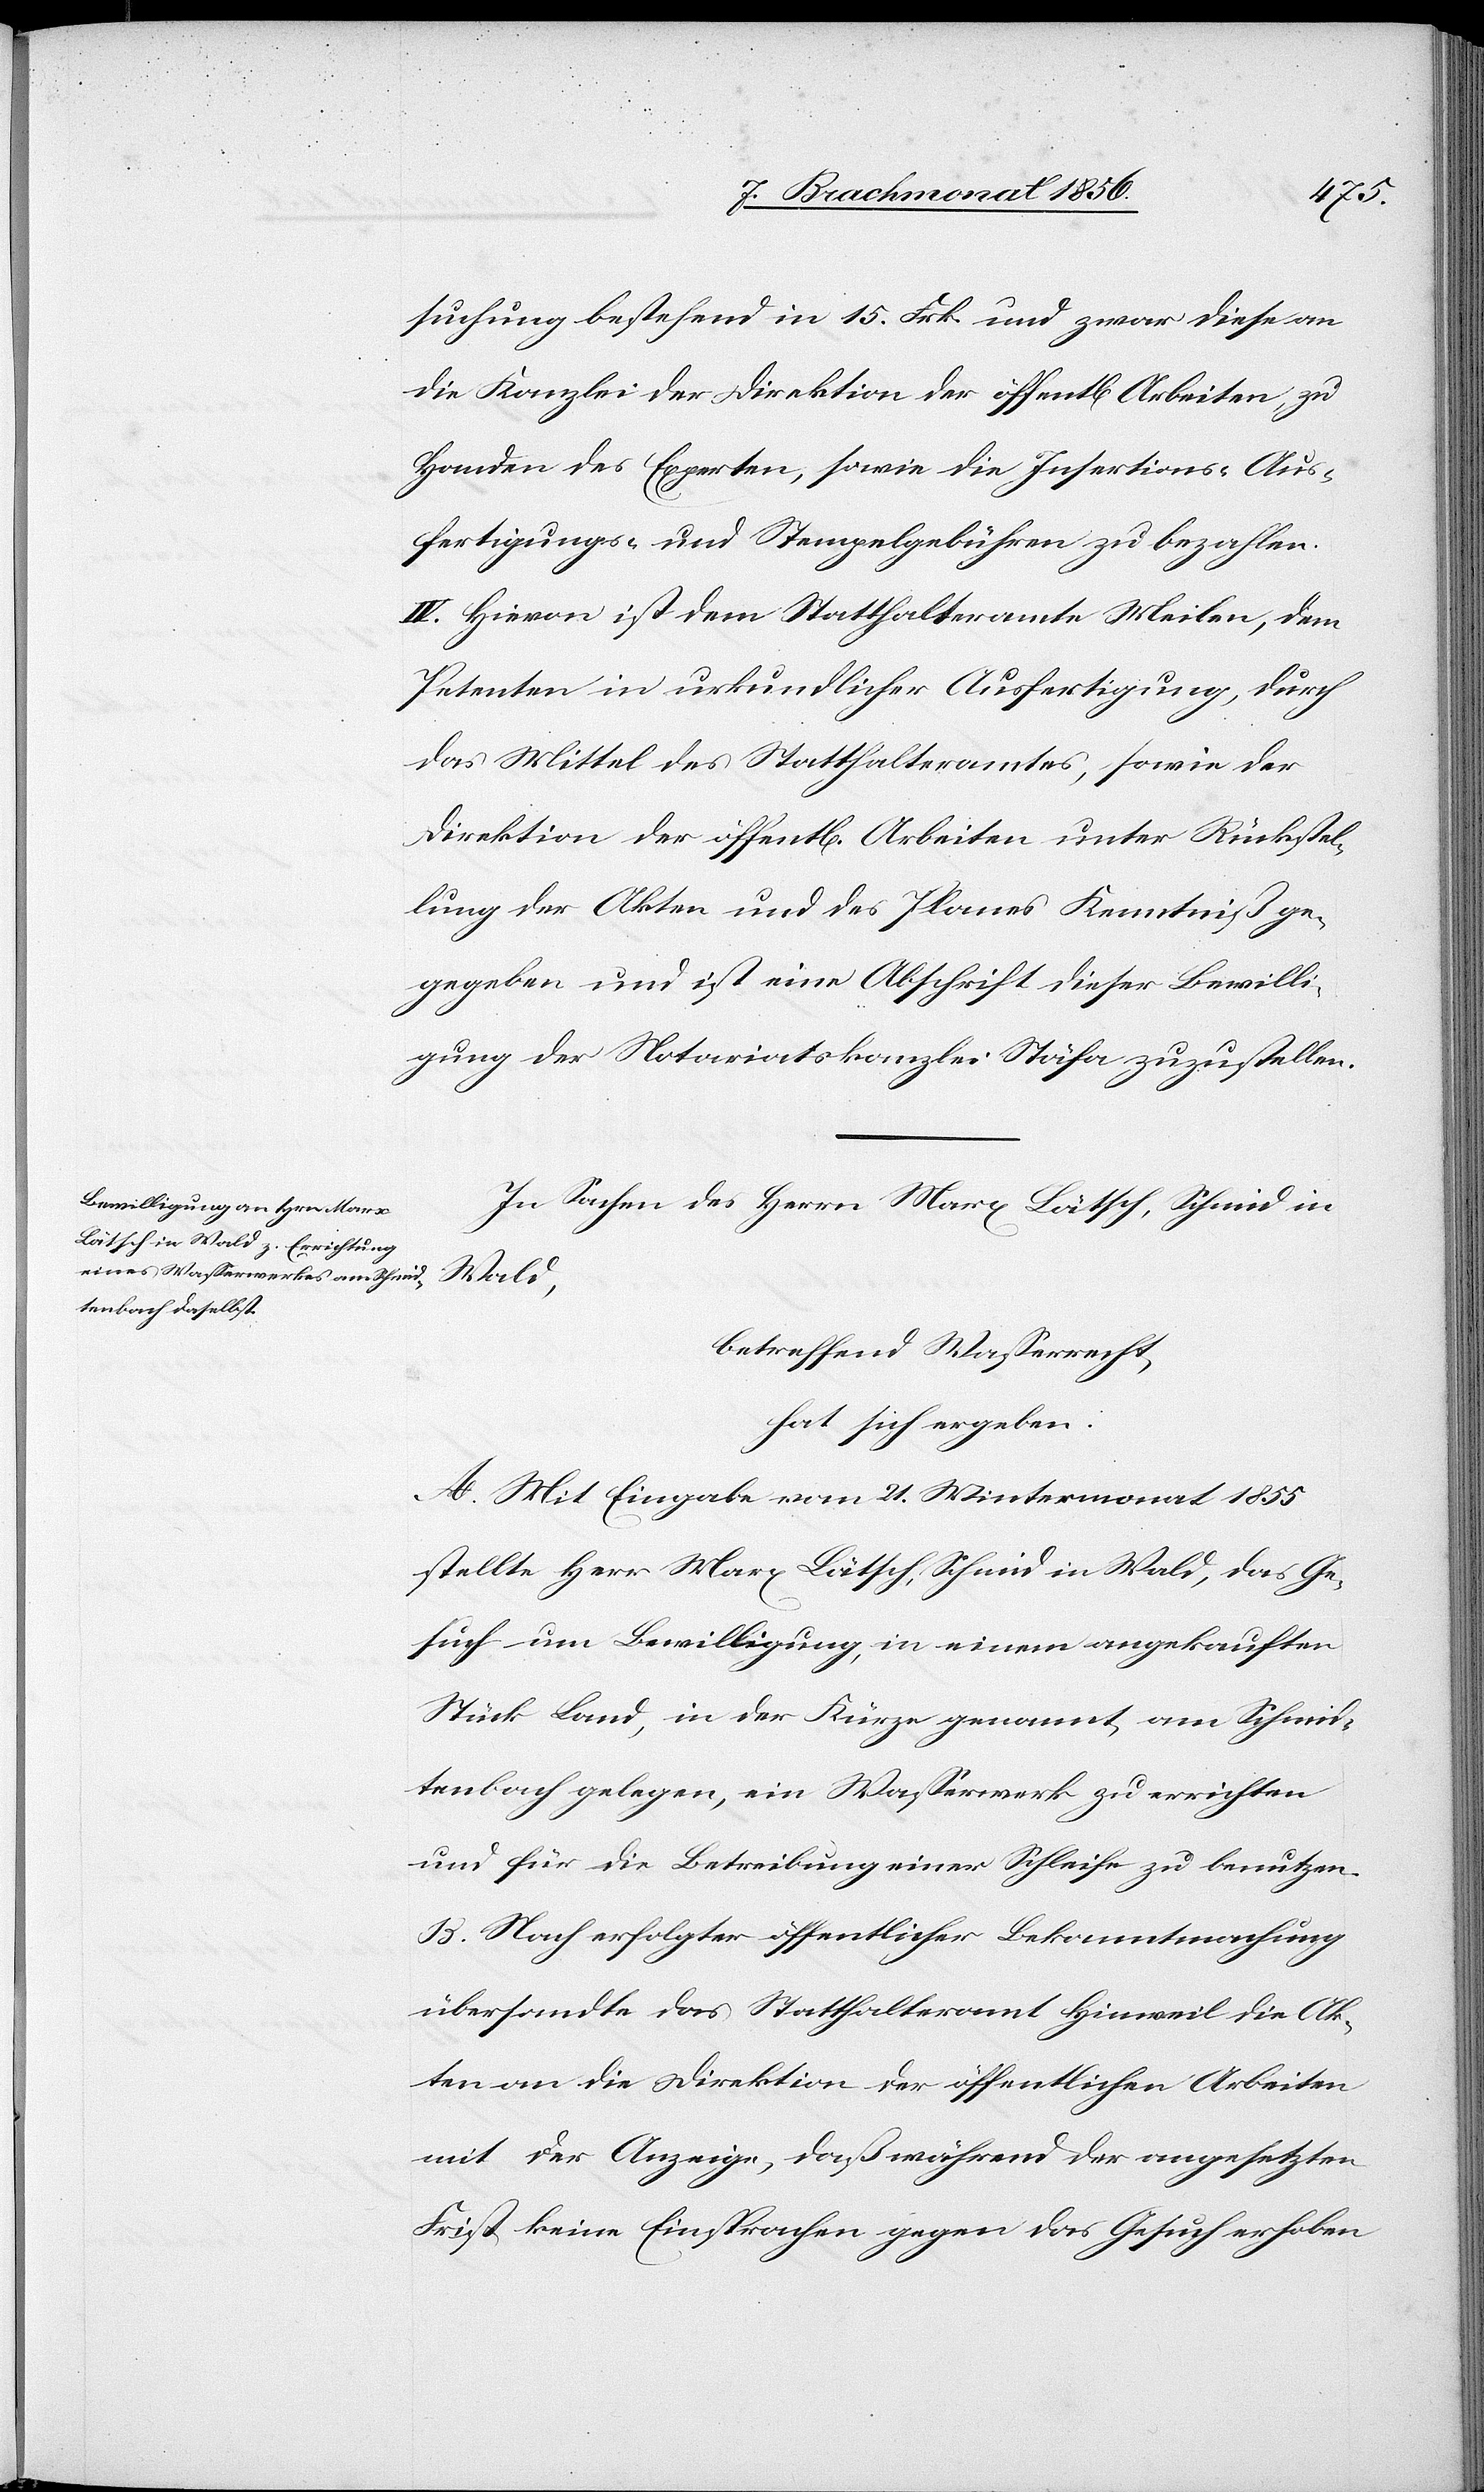
suchung bestehend in 15. Frk. und zwar diese an
die Kanzlei der Direktion der öffentl[ichen] Arbeiten, zu
Handen des Experten, sowie die Insertions-[,] Aus¬
fertigungs- und Stempelgebühren zu bezahlen.
IV. Hievon ist dem Statthalteramte Meilen, dem
Petenten in urkundlicher Ausfertigung, durch
das Mittel des Statthalteramtes, sowie der
Direktion der öffentl[ichen] Arbeiten unter Rückstel¬
lung der Akten und des Planes Kenntniß ge¬
gegeben] und ist eine Abschrift dieser Bewilli¬
gung der Notariatskanzlei Stäfa zuzustellen.
In Sachen des Herrn Marx Lätsch, Schmid in
Wald,
betreffend Wasserrecht,
hat sich ergeben:
A. Mit Eingabe vom 21. Wintermonat 1855
stellte Herr Marx Lätsch, Schmid in Wald, das Ge¬
such um Bewilligung, in einem angebrachten
Stück Land, in der Kürze genannt, am Schmid¬
tenbach gelegen, ein Wasserwerk zu errichten
und für die Betreibung einer Schleife zu benutzen.
B. Nach erfolgter öffentlicher Bekanntmachung
übersandte das Statthalteramt Hinweil die Ak¬
ten an die Direktion der öffentlichen Arbeiten
mit der Anzeige, daß während der angesetzten
Frist keine Einsprachen gegen das Gesuch erhoben